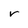
Character: r